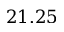
2 1 . 2 5